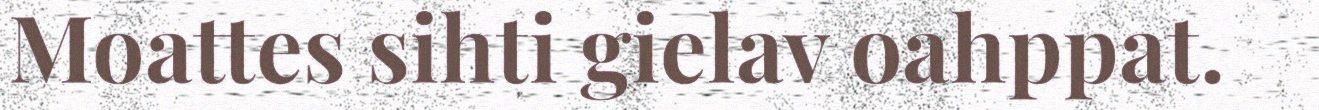
Moattes sihti gielav oahppat.